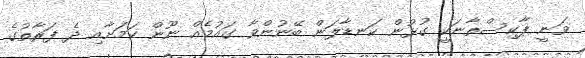
ވަނީ ޕާކިސްތާނަކީ ގުޅުން ކަނޑާލަން ބޭނުންވާ ގައުމެއް ނޫން ކަމަށާއި ދެ ފަރާތުގެ